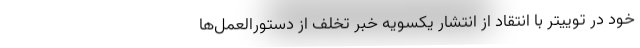
خود در توییتر با انتقاد از انتشار یکسویه خبر تخلف از دستورالعمل‌ها